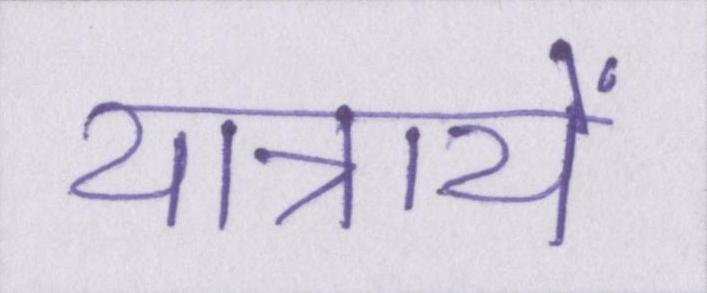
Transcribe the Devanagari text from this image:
यात्रायें